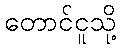
တောင်ငူသို့